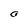
Character: C